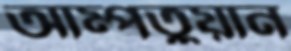
আম্পতুয়ান